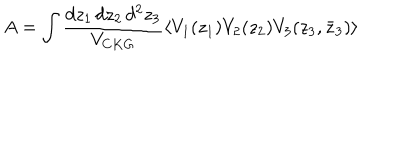
LaTeX: A = \int \frac { d z _ { 1 } \, d z _ { 2 } \, d ^ { 2 } z _ { 3 } } { V _ { C K G } } \langle V _ { 1 } ( z _ { 1 } ) V _ { 2 } ( z _ { 2 } ) V _ { 3 } ( z _ { 3 } , \bar { z } _ { 3 } ) \rangle